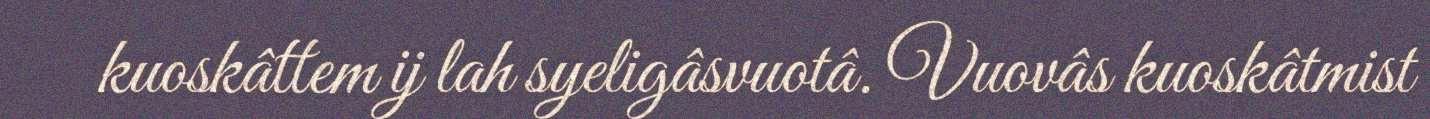
kuoskâttem ij lah syeligâsvuotâ. Vuovâs kuoskâtmist